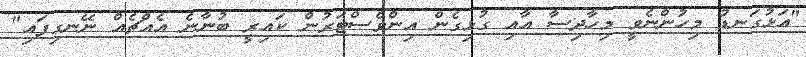
"އަޅުގަނޑު މިހުންނެވީ މިހާދިސާ އާއި ގުޅިގެން އިންވެސްޓަރުން ކައިރީ ބުނާނެ އެއްޗެއް ނޭނގިފައި"